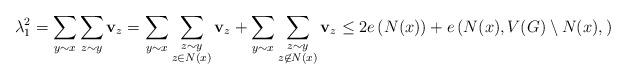
LaTeX: \begin{align*}\lambda_1^2 = \sum_{y\sim x} \sum_{z\sim y} \mathbf{v}_z = \sum_{y\sim x} \sum_{\substack{z\sim y\\ z\in N(x)}} \mathbf{v}_z + \sum_{y\sim x}\sum_{\substack{z\sim y \\ z\not\in N(x)}} \mathbf{v}_z \leq 2 e\left(N(x)\right) + e\left(N(x), V(G) \setminus N(x), \right)\end{align*}